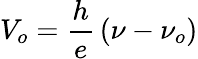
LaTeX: V_{o}={\frac{h}{e}}\left(\nu-\nu_{o}\right)